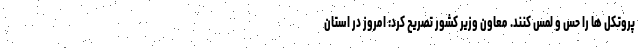
پروتکل ها را حس و لمس کنند. معاون وزیر کشور تصریح کرد: امروز در استان